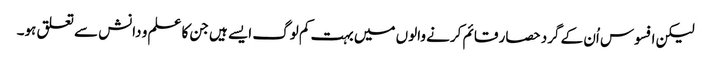
لیکن افسوس اُن کے گرد حصار قائم کرنے والوں میں بہت کم لوگ ایسے ہیں جن کا علم و دانش سے تعلق ہو۔